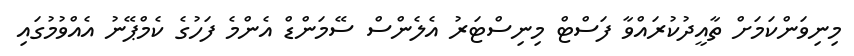
މިނިވަންކަމަށް ތާއީދުކުރައްވާ ފަސްޓް މިނިސްޓަރު އެލެންސް ސޭމަންޑް އެންމެ ފަހުގެ ކެމްޕޭނު އެއްވުމުގައި